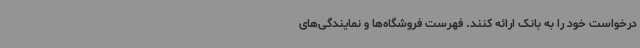
درخواست خود را به بانک ارائه کنند. فهرست فروشگاه‌ها و نمایندگی‌های